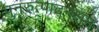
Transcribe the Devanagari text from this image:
पुनरुत्पादनक्षम